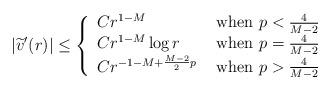
LaTeX: \begin{align*}|\widetilde v'(r)|\leq \left\{\begin{array}{ll}Cr^{1-M} & \hbox{ when } p<\frac 4{M-2}\\Cr^{1-M}\log r & \hbox{ when } p=\frac 4{M-2}\\Cr^{-1-M+\frac{M-2}2 p}& \hbox{ when } p>\frac 4{M-2}\end{array}\right.\end{align*}